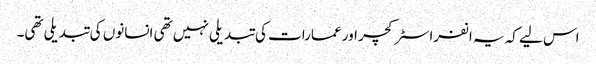
اس لیے کہ یہ انفراسٹرکچر اور عمارات کی تبدیلی نہیں تھی انسانوں کی تبدیلی تھی۔